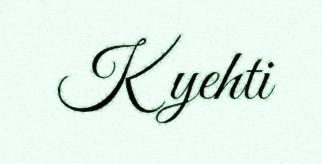
Kyehti